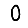
Digit: 0